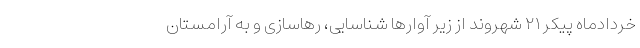
خردادماه پیکر ۲۱ شهروند از زیر آوارها شناسایی، رهاسازی و به آرامستان